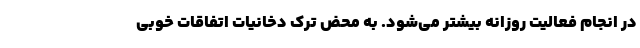
در انجام فعالیت روزانه بیشتر می‌شود. به محض ترک دخانیات اتفاقات خوبی